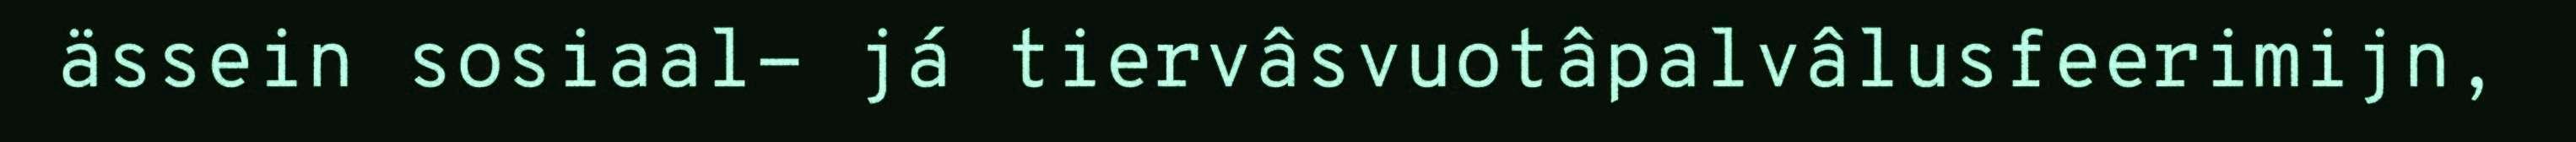
ässein sosiaal- já tiervâsvuotâpalvâlusfeerimijn,